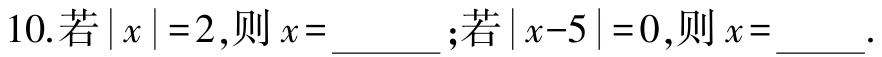
10.若$|x| = 2$,则$x = \_\_\_\_$;若$|x - 5| = 0$,则$x = \_\_\_$.